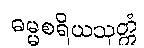
ဓမ္မစရိယသုတ္တံ